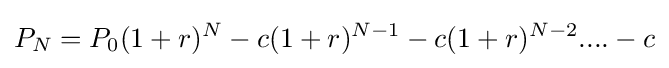
P_{N}=P_{0}(1+r)^{N}-c(1+r)^{N-1}-c(1+r)^{N-2}....-c